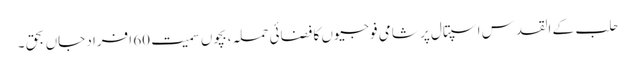
حلب کے القدس اسپتال پر شامی فوجیوں کا فضائی حملہ ،بچوں سمیت 60 افراد جاں بحق ۔